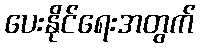
ပေးနိုင်ရေးအတွက်